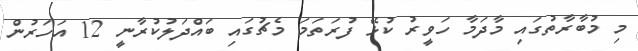
މި މުބާރާތުގައި މާދަމާ ހަވީރު ކުޅޭ ފުރަތަމަ މެޗުގައި ބައްދަލުކުރާނީ 12 އަހަރުން